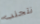
نتجنب